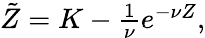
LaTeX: \begin{array}{r}{\tilde{Z}=K-\frac{1}{\nu}e^{-\nu Z},}\end{array}